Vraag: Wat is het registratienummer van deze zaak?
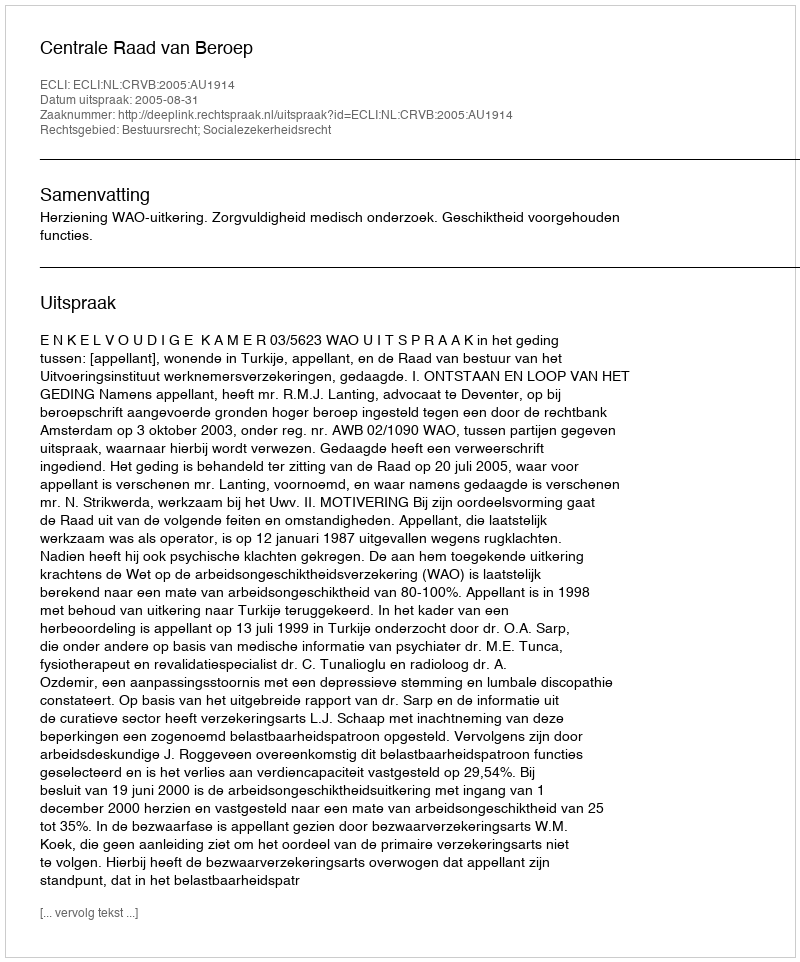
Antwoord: http://deeplink.rechtspraak.nl/uitspraak?id=ECLI:NL:CRVB:2005:AU1914